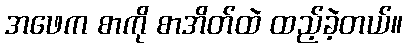
အဖေက စာကို စာအိတ်ထဲ ထည့်ခဲ့တယ်။